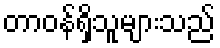
တာဝန်ရှိသူများသည်